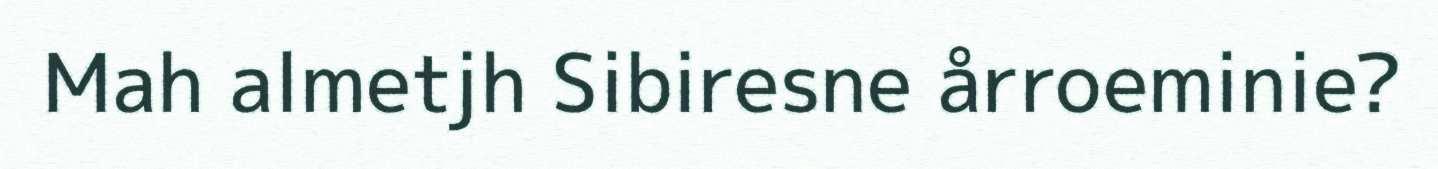
Mah almetjh Sibiresne årroeminie?